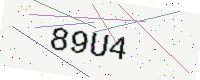
Text: 89U4